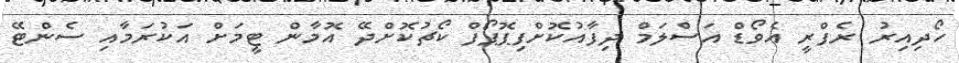
ހޯދިއިރު ރެފްރީ އެވޯޑް އަސްލަމް ދިފާއުކޮށްފިޕޮޕޯފް ކޯޗުކޮށްދޭ އޮމާން ޓީމަށް އަކުރަމާއި ސެންޓޭ